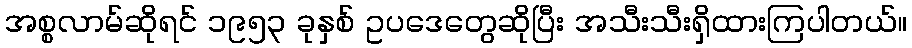
အစ္စလာမ်ဆိုရင် ၁၉၅၃ ခုနှစ် ဥပဒေတွေဆိုပြီး အသီးသီးရှိထားကြပါတယ်။